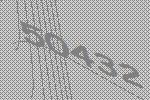
50432